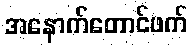
အနောက်တောင်ဖက်